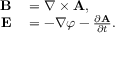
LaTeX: \begin{array} { r l } { \mathbf { B } } & { { } = \nabla \times \mathbf { A } , } \\ { \mathbf { E } } & { { } = - \nabla \varphi - { \frac { \partial \mathbf { A } } { \partial t } } . } \end{array}